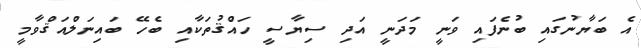
އެ ބަޔާނުގައި ބުނެފައި ވަނީ މަދަނީ އަދި ސިޔާސީ ހައްޤުތަކާއި ބެހޭ ބައިނަލްއަޤްވާމީ